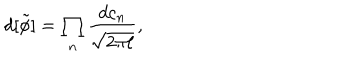
LaTeX: d [ \tilde { \phi } ] = \prod _ { n } \frac { d c _ { n } } { \sqrt { 2 \pi \ell } } , \nonumber